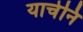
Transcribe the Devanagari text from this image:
याचेनि